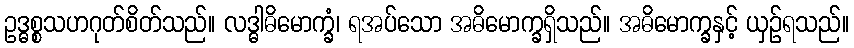
ဥဒ္ဓစ္စသဟဂုတ်စိတ်သည်။ လဒ္ဓါဓိမောက္ခံ၊ ရအပ်သော အဓိမောက္ခရှိသည်။ အဓိမောက္ခနှင့် ယှဉ်ရသည်။